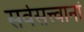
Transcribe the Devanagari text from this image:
सर्वसत्त्वानां